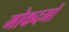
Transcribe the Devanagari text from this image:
मोकदमों